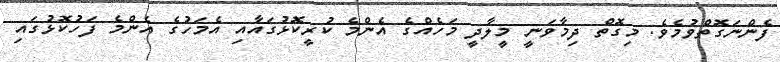
ފެންނަގޮތްވުމެވެ. މިގޮތް ދިމާވަނީ މީލާދީ މަހެއްގެ އެންމެ ކުރީކޮޅުގައާއި އެމަހުގެ އެންމެ ފަހުކޮޅުގައި